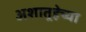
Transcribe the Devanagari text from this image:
अशातर्‍हेच्या